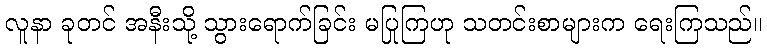
လူနာ ခုတင် အနီးသို့ သွားရောက်ခြင်း မပြုကြဟု သတင်းစာများက ရေးကြသည်။